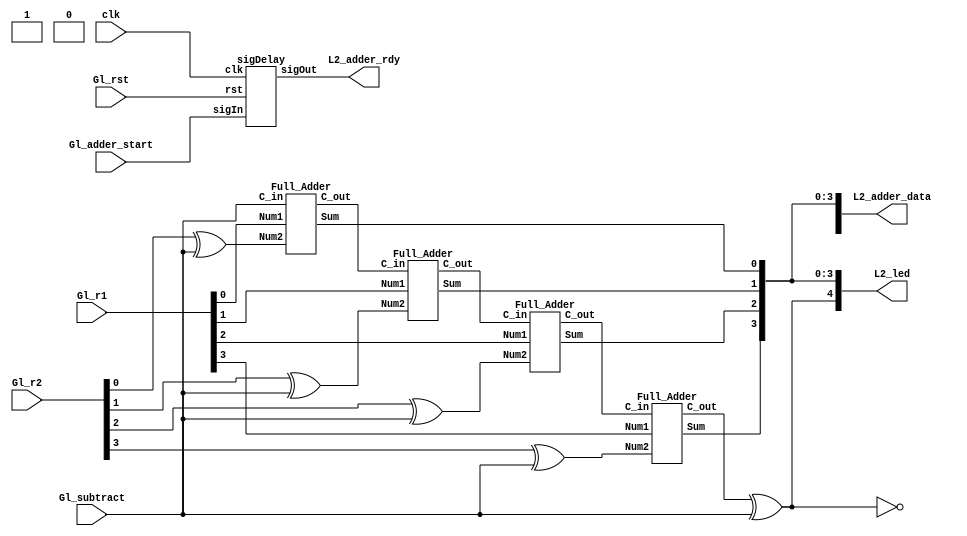
// --------------------------------------------------------------------
// >>>>>>>>>>>>>>>>>>>>>>>>> COPYRIGHT NOTICE <<<<<<<<<<<<<<<<<<<<<<<<<
// --------------------------------------------------------------------
// Copyright (c) 2019 by UCSD CSE 140L
// --------------------------------------------------------------------
//
// Permission:
//
//   This code for use in UCSD CSE 140L.
//   It is synthesisable for Lattice iCEstick 40HX.  
//
// Disclaimer:
//
//   This Verilog source code is intended as a design reference
//   which illustrates how these types of functions can be implemented.
//   It is the user's responsibility to verify their design for
//   consistency and functionality through the use of formal
//   verification methods.  
//my github is github/juw013/lab2_turn/lab_check
module Lab2_140L (
 input wire Gl_rst,                  // reset signal (active high)
 input wire clk,                     // global clock
 input wire Gl_adder_start,          // r1, r2, OP are ready  
 input wire Gl_subtract,             // subtract (active high)
 input wire [7:0] Gl_r1           , // 8bit number 1
 input wire [7:0] Gl_r2           , // 8bit number 1
 output wire [7:0] L2_adder_data   ,   // 8 bit ascii sum
 output wire L2_adder_rdy          , //pulse
 output wire [7:0] L2_led
);

	sigDelay	s_d(				//call the sigDelay module to let the computer on which period what is down is will do.
.sigOut(L2_adder_rdy),
.sigIn(Gl_adder_start),
.clk(clk),
.rst(Gl_rst)
);


wire [3:0] carry;		// create a wire for the carry_in



Full_Adder bit1(				// the first bit adder
.Num1(Gl_r1[0]),
.Num2(Gl_r2[0]^Gl_subtract),
.C_in(Gl_subtract),
.Sum(L2_adder_data[0]),
.C_out(carry[0])
);

Full_Adder bit2(			//the second bit
.Num1(Gl_r1[1]),
.Num2(Gl_r2[1]^Gl_subtract),
.C_in(carry[0]),
.Sum(L2_adder_data[1]),
.C_out(carry[1])
);

Full_Adder bit3(				//the third bit
.Num1(Gl_r1[2]),
.Num2(Gl_r2[2]^Gl_subtract),
.C_in(carry[1]),
.Sum(L2_adder_data[2]),
.C_out(carry[2])
);

Full_Adder bit4(				// the forth bit
.Num1(Gl_r1[3]),
.Num2(Gl_r2[3]^Gl_subtract),
.C_in(carry[2]),
.Sum(L2_adder_data[3]),
.C_out(carry[3])
);

assign L2_led[0] = L2_adder_data[0]; 		// the led[0] through to led[3] is equal to the adder_dada
assign L2_led[1] = L2_adder_data[1];
assign L2_led[2] = L2_adder_data[2];
assign L2_led[3] = L2_adder_data[3];
assign L2_led[4] = carry[3]^Gl_subtract;


//assign L2_led[0] = 1;
//assign L2_led[1] = 1;
//assign L2_led[2] = 1;
//assign L2_led[3] = 1;
//assign L2_led[4] = 1;
assign L2_adder_data[4] = 1;		//we know that the 8th bits and 5th bits is 0 and 1.
assign L2_adder_data[5] = !L2_led[4];
assign L2_adder_data[6] = L2_led[4];
assign L2_adder_data[7] = 0;
 
endmodule




module sigDelay(
		  output      sigOut,
		  input       sigIn,
		  input       clk,
		  input       rst);

   parameter delayVal = 4;
   reg [15:0] 		      delayReg;


   always @(posedge clk) begin
      if (rst)
	delayReg <= 16'b0;
      else begin
	 delayReg <= {delayReg[14:0], sigIn};
      end
   end

   assign sigOut = delayReg[delayVal];
	

endmodule // sigDelay




module Full_Adder(		// this is a one bit Full_Adder
		Num1,
		Num2,
		C_in,
		Sum,
		C_out
);

	input Num1;
	input Num2;
	input C_in;
	output Sum;
	output C_out;
	
	assign Sum = (Num1 ^ Num2) ^ C_in;
	assign C_out = (Num1 & Num2) | C_in & (Num1 ^ Num2);
	
endmodule